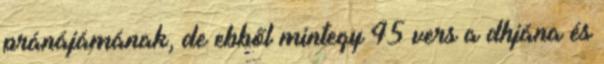
pránájámának, de ebből mintegy 45 vers a dhjána és